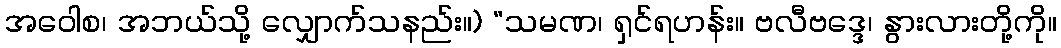
အဝေါစ၊ အဘယ်သို့ လျှောက်သနည်း။) “သမဏ၊ ရှင်ရဟန်း။ ဗလီဗဒ္ဒေ၊ နွားလားတို့ကို။